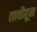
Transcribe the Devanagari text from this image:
तावीहून